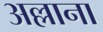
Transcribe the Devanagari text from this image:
अल्लाना